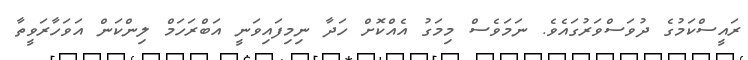
ރައީސްކަމުގެ ދުވަސްވަރުގައެވެ. ނަމަވެސް މިމަގު އެއްކޮށް ހަދާ ނިމިފައިވަނީ އަބްރަހަމް ލިންކަން އަވަހާރަވީތާ